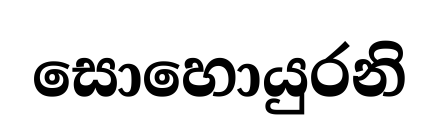
සොහොයුරනි